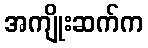
အကျိုးဆက်က